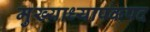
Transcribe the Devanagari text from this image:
मुख्याध्यापकपद